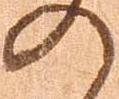
の